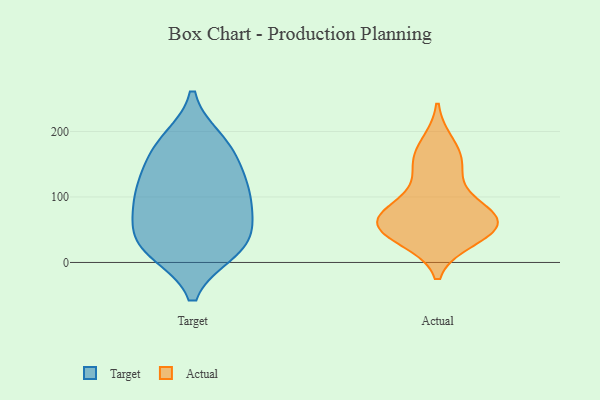
{"axis": {"x": "Shipments", "y": "Value"}, "legend": ["Actual", "Target"], "data": [{"x": "", "y": 126, "type": "Target"}, {"x": "", "y": 27, "type": "Target"}, {"x": "", "y": 118, "type": "Target"}, {"x": "", "y": 65, "type": "Target"}, {"x": "", "y": 92, "type": "Target"}, {"x": "", "y": 177, "type": "Target"}, {"x": "", "y": 166, "type": "Target"}, {"x": "", "y": 18, "type": "Target"}, {"x": "", "y": 185, "type": "Target"}, {"x": "", "y": 71, "type": "Target"}, {"x": "", "y": 109, "type": "Target"}, {"x": "", "y": 24, "type": "Target"}, {"x": "", "y": 28, "type": "Target"}, {"x": "", "y": 148, "type": "Actual"}, {"x": "", "y": 58, "type": "Actual"}, {"x": "", "y": 59, "type": "Actual"}, {"x": "", "y": 90, "type": "Actual"}, {"x": "", "y": 65, "type": "Actual"}, {"x": "", "y": 150, "type": "Actual"}, {"x": "", "y": 38, "type": "Actual"}, {"x": "", "y": 48, "type": "Actual"}, {"x": "", "y": 77, "type": "Actual"}, {"x": "", "y": 179, "type": "Actual"}, {"x": "", "y": 56, "type": "Actual"}]}